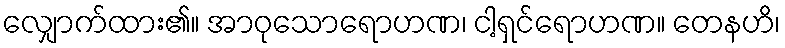
လျှောက်ထား၏။ အာဝုသောရောဟဏ၊ ငါ့ရှင်ရောဟဏ။ တေနဟိ၊